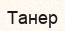
Танер